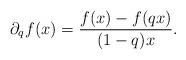
LaTeX: \begin{align*}\partial_q f(x)=\frac{f(x)-f(qx)}{(1-q)x}.\end{align*}